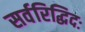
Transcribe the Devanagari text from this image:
सर्वरिद्धिदः